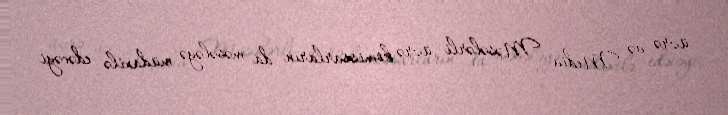
üzrə və Media Məsələrli üzrə komissarların da məsələyə müdaxilə edəcəyi